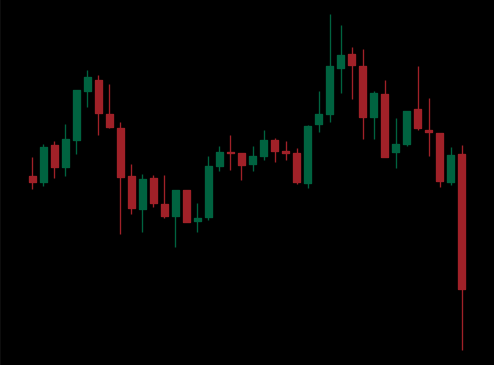
Pattern: unclassified